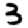
Digit: 3